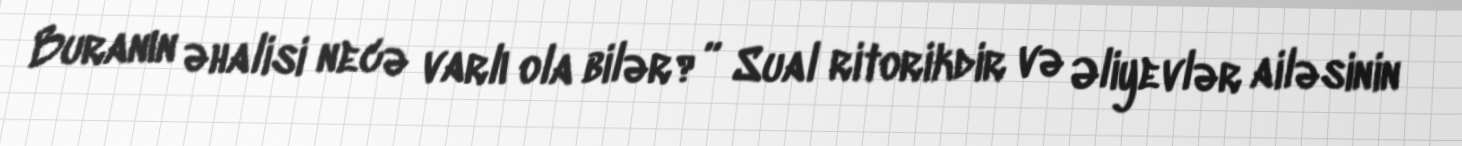
Buranın əhalisi necə varlı ola bilər?” Sual ritorikdir və Əliyevlər ailəsinin